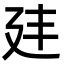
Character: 𭚔